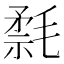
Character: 𰚮